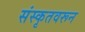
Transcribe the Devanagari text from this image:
संस्कृतवरून